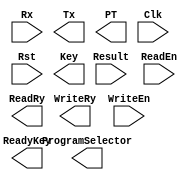
// EASE/HDL begin //////////////////////////////////////////////////////////////
// 
// module 'Serial'.
// 
////////////////////////////////////////////////////////////////////////////////

module Serial (Rx, Tx, PT, Clk, Rst, Result, ReadEn, WriteRy, WriteEn, ReadRy, 
  Key, ReadyKey, ProgramSelector) ;
  input      Rx;
  output     Tx;
  output     [127:0]PT;
  input      Clk;
  input      Rst;
  input      [127:0]Result;
  input      ReadEn;
  output     WriteRy;
  input      WriteEn;
  output     ReadRy;
  output     [127:0]Key;
  output     ReadyKey;
  output     ProgramSelector;


// EASE/HDL end ////////////////////////////////////////////////////////////////



endmodule // Serial